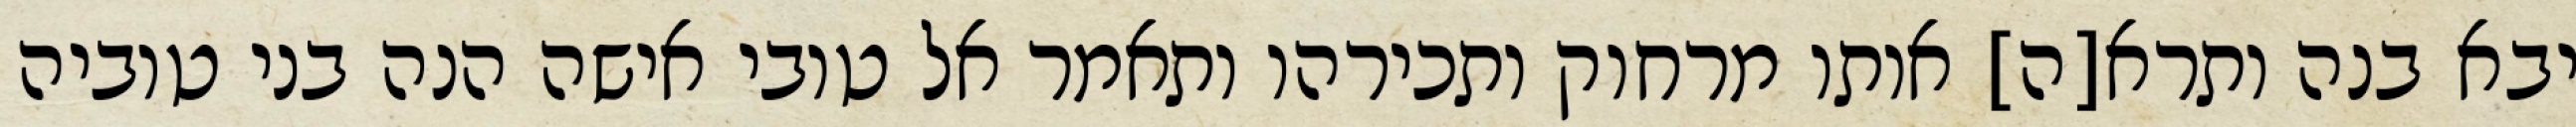
יבא בנה ותרא[ה] אותו מרחוק ותכירהו ותאמר אל טובי אישה הנה בני טוביה